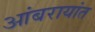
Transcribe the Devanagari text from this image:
आंबरायांत